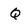
Character: Q